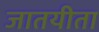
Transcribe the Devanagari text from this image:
जातयीता